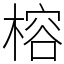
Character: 榕